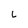
Character: L